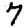
Digit: 7